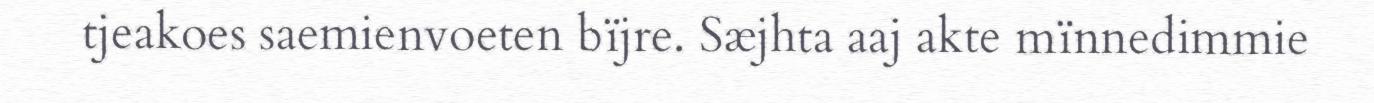
tjeakoes saemienvoeten bïjre. Sæjhta aaj akte mïnnedimmie